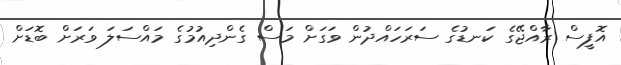
އޮފީސް ރާއްޖޭގެ ކަނޑުގެ ސަރަހައްދުން ވަގަށް މަސް ގެންދިއުމުގެ މައްސަލަ ވަރަށް ބޮޑަށް